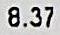
8.37